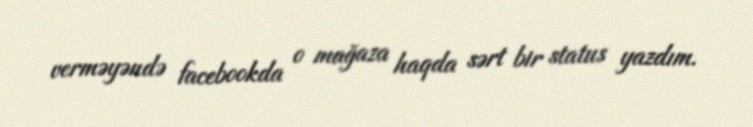
verməyəndə facebookda o mağaza haqda sərt bir status yazdım.